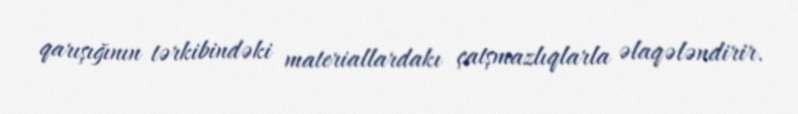
qarışığının tərkibindəki materiallardakı çatşmazlıqlarla əlaqələndirir.